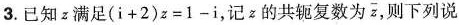
3.已知z满足$$( i + 2 ) z = 1 - i$$，记z的共轭复数为 $$\ overline { z }$$ 则下列说